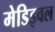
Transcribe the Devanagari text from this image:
मेडिइवल